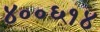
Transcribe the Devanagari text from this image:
४००६१४